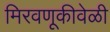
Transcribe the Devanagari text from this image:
मिरवणूकीवेळी